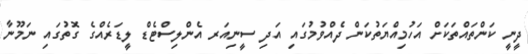
ދީނީ ކަންތައްތަކަށް އަހުމިއްޔަތުކަން ދެއްވުމުގައި އަދި ސީނިއަރ އެންލިސްޓެޑް ލީޑަރެއްގެ ގޮތުގައި ނަމޫނާ